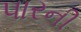
પારની